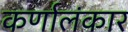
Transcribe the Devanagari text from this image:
कर्णालंकार